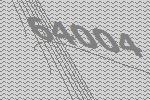
64004